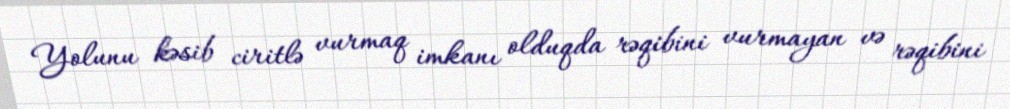
Yolunu kəsib ciritlə vurmaq imkanı olduqda rəqibini vurmayan və rəqibini